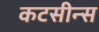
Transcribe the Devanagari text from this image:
कटसीन्स